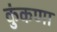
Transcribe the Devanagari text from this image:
कुंकणा